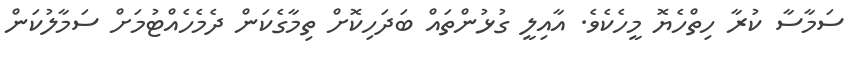
ސަމާސާ ކުރާ ހިތްހެޔޮ މީހެކެވެ. އާއިލީ ގުޅުންތައް ބަދަހިކޮށް ތިމާގެކަން ދެމެހެއްޓުމަށް ސަމާލުކަން